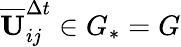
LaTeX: \overline{{\mathbf{U}}}_{ij}^{\Delta t}\in G_{*}=G